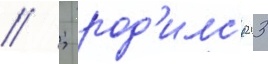
// ; род'илс'я 23